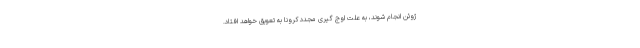
ژوئن انجام شوند، به علت اوج گیری مجدد کرونا به تعویق خواهد افتاد.